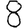
Digit: 8